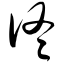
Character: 佟